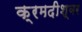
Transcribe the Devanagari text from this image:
क्रमदीश्वर